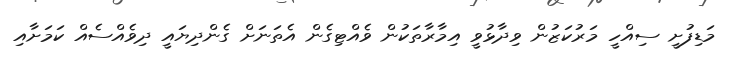
މަޑިފުށީ ސިއްހީ މަރުކަޒުން ވިދާޅުވީ އިމާރާތަކުން ވެއްޓިގެން އެތަނަށް ގެންދިޔައީ ދިވެއްސެއް ކަމަށާއި